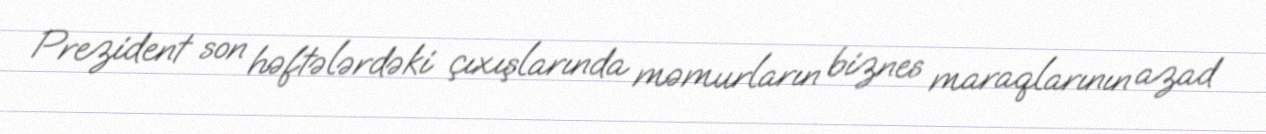
Prezident son həftələrdəki çıxışlarında məmurların biznes maraqlarının azad